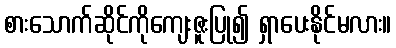
စားသောက်ဆိုင်ကိုကျေးဇူးပြု၍ ရှာပေးနိုင်မလား။